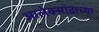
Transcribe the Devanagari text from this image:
आलेक्सांद्राच्या